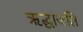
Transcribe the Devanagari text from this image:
ऋद्धांजलि